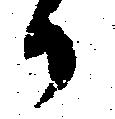
か